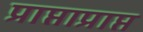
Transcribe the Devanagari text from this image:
प्राप्ताप्राप्त